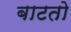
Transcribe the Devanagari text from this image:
बाटतो